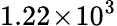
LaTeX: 1.22\! \times\! 10^{3}